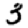
Digit: 3